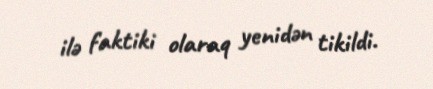
ilə faktiki olaraq yenidən tikildi.